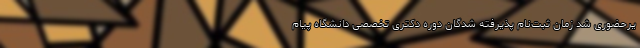
یرحضوری شد زمان ثبت‌نام پذیرفته شدگان دوره دکتری تخصصی دانشگاه پیام